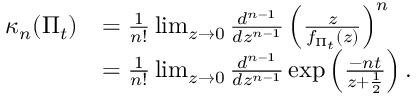
\begin{array} { r l } { \kappa _ { n } ( \Pi _ { t } ) } & { = \frac { 1 } { n ! } \operatorname* { l i m } _ { z \rightarrow 0 } \frac { d ^ { n - 1 } } { d z ^ { n - 1 } } \left( \frac { z } { f _ { \Pi _ { t } } ( z ) } \right) ^ { n } } \\ & { = \frac { 1 } { n ! } \operatorname* { l i m } _ { z \rightarrow 0 } \frac { d ^ { n - 1 } } { d z ^ { n - 1 } } \exp \left( \frac { - n t } { z + \frac { 1 } { 2 } } \right) . } \end{array}